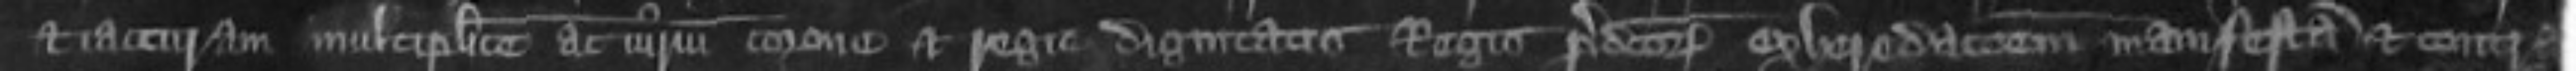
et iacitiram multiplice ac iurium corone et Regie dignitatis Regis predictorum exheredationem manifestam et contra